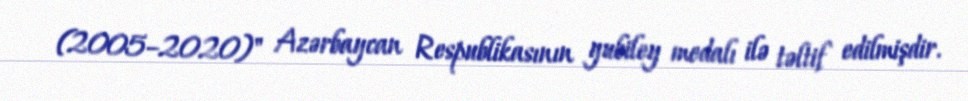
(2005–2020)" Azərbaycan Respublikasının yubiley medalı ilə təltif edilmişdir.